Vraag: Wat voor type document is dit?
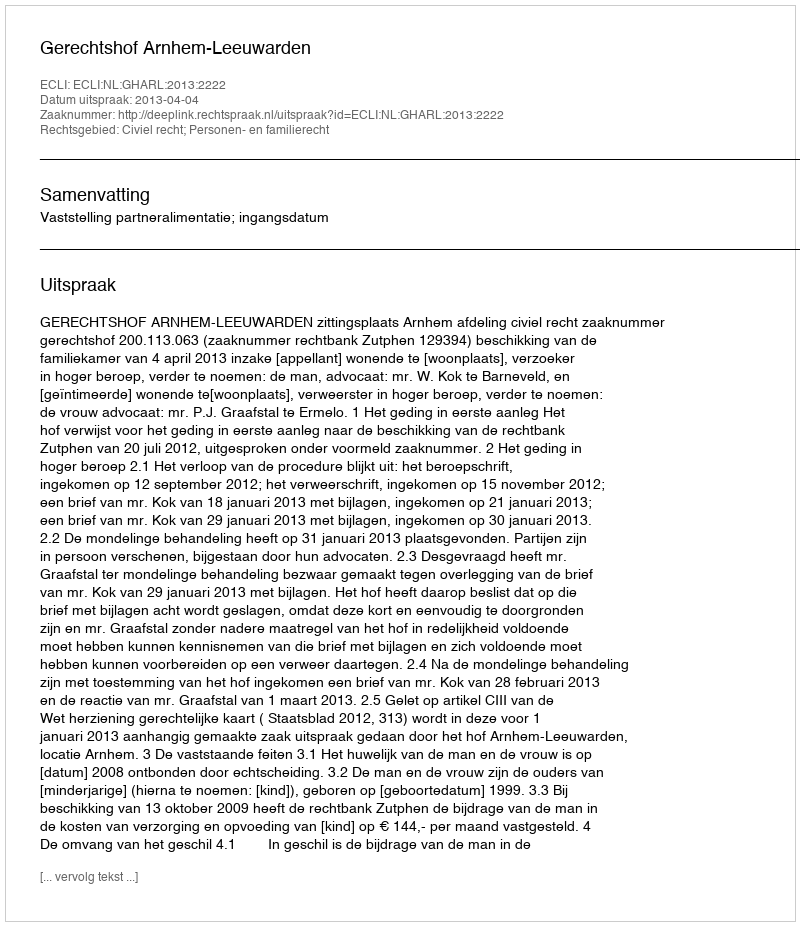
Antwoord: Uitspraak